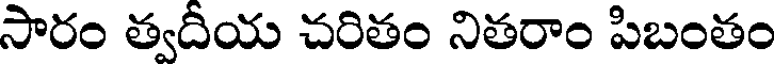
సారం త్వదీయ చరితం నితరాం పిబంతం